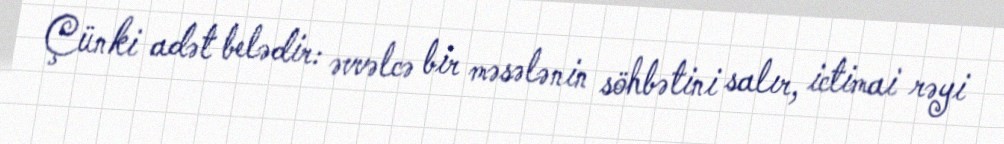
Çünki adət belədir: əvvəlcə bir məsələnin söhbətini salır, ictimai rəyi